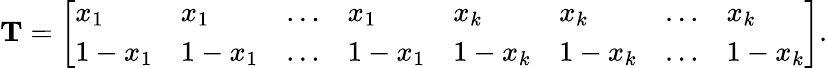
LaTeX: \begin{array}{r}{\mathbf{T}=\left[\begin{array}{llllllll}{x_{1}}&{x_{1}}&{\dots}&{x_{1}}&{x_{k}}&{x_{k}}&{\dots}&{x_{k}}\\ {1-x_{1}}&{1-x_{1}}&{\dots}&{1-x_{1}}&{1-x_{k}}&{1-x_{k}}&{\dots}&{1-x_{k}}\end{array}\right].}\end{array}